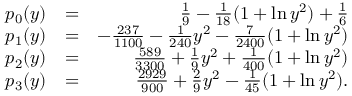
\begin{array} { r l r } { p _ { 0 } ( y ) } & { = } & { \frac { 1 } { 9 } - \frac { 1 } { 1 8 } ( 1 + \ln y ^ { 2 } ) + \frac { 1 } { 6 } } \\ { p _ { 1 } ( y ) } & { = } & { - \frac { 2 3 7 } { 1 1 0 0 } - \frac { 1 } { 2 4 0 } y ^ { 2 } - \frac { 7 } { 2 4 0 0 } ( 1 + \ln y ^ { 2 } ) } \\ { p _ { 2 } ( y ) } & { = } & { \frac { 5 8 9 } { 3 3 0 0 } + \frac { 1 } { 9 } y ^ { 2 } + \frac { 1 } { 4 0 0 } ( 1 + \ln y ^ { 2 } ) } \\ { p _ { 3 } ( y ) } & { = } & { \frac { 2 9 2 9 } { 9 0 0 } + \frac { 2 } { 9 } y ^ { 2 } - \frac { 1 } { 4 5 } ( 1 + \ln y ^ { 2 } ) . } \end{array}